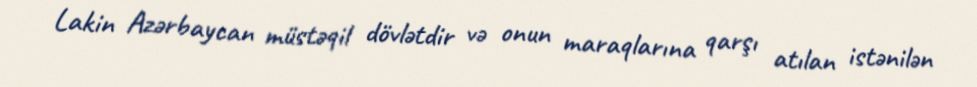
Lakin Azərbaycan müstəqil dövlətdir və onun maraqlarına qarşı atılan istənilən